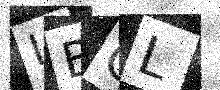
Text: LBCL